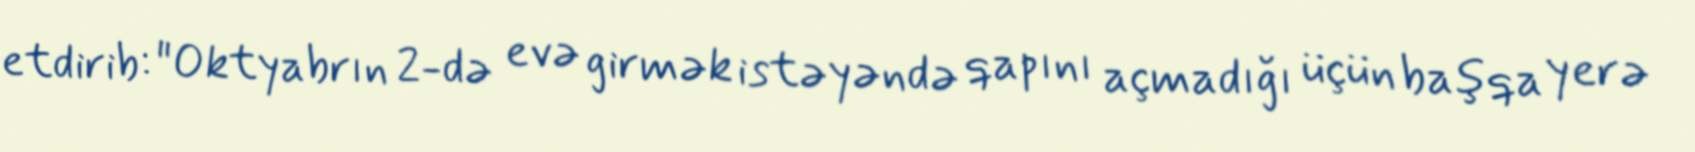
etdirib: "Oktyabrın 2-də evə girmək istəyəndə qapını açmadığı üçün başqa yerə